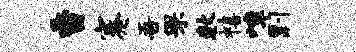
香蹇吾罘数禧嶂剽